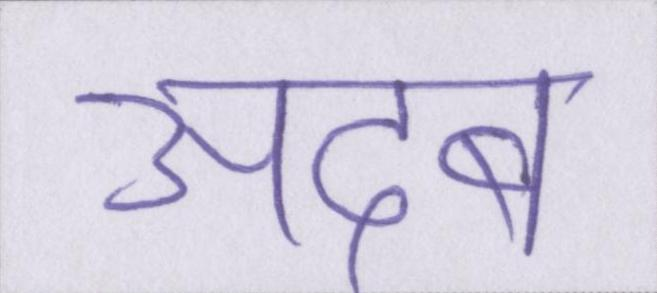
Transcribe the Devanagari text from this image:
अदब